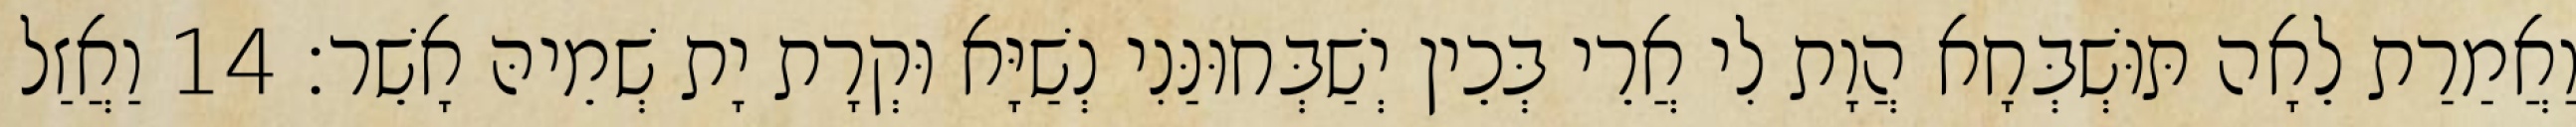
וַאֲמַרַת לֵאָה תּוּשְׁבְּחָא הֲוָת לִי אֲרֵי בְּכֵין יְשַׁבְּחוּנַּנִי נְשַׁיָּא וּקְרָת יָת שְׁמֵיהּ אָשֵׁר׃ 14 וַאֲזַל